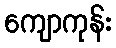
ကျောကုန်း